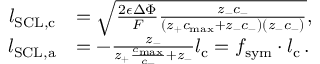
\begin{array} { r l } { l _ { \mathrm { S C L , c } } } & { = \sqrt { \frac { 2 \epsilon \Delta \Phi } { F } \frac { z _ { - } c _ { - } } { ( z _ { + } c _ { \mathrm { m a x } } + z _ { - } c _ { - } ) ( z _ { - } c _ { - } ) } } , } \\ { l _ { \mathrm { S C L , a } } } & { = - \frac { z _ { - } } { z _ { + } \frac { c _ { \mathrm { m a x } } } { c _ { - } } + z _ { - } } l _ { \mathrm { c } } = f _ { \mathrm { s y m } } \cdot l _ { \mathrm { c } } \, . } \end{array}